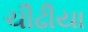
ચીઢીયા